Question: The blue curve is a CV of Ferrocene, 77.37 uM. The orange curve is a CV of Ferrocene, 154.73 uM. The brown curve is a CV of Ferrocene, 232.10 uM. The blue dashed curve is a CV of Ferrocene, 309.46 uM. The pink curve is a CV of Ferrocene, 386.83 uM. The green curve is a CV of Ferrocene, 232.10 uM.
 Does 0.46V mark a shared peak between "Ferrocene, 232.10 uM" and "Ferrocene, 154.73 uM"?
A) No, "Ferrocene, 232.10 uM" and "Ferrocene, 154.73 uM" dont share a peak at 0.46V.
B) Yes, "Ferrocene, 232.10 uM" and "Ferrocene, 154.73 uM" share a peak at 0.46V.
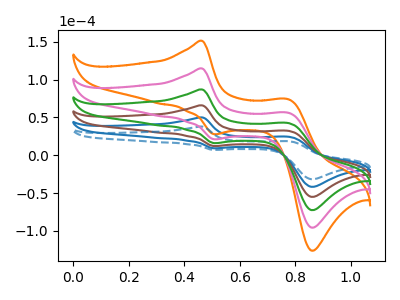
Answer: <think>The blue curve "Ferrocene, 77.37 uM" has anodic peaks at (0.45V, 50.00uA) (0.80V, 24.45uA) and cathodic peaks at (0.50V, 9.20uA) (0.85V, -41.70uA). The orange curve "Ferrocene, 154.73 uM" has anodic peaks at (0.45V, 250.10uA) (0.80V, 122.15uA) and cathodic peaks at (0.50V, 46.00uA) (0.85V, -208.45uA). The brown curve "Ferrocene, 232.10 uM" has anodic peaks at (0.45V, 100.05uA) (0.80V, 48.85uA) and cathodic peaks at (0.50V, 18.40uA) (0.85V, -83.40uA). The blue dashed curve "Ferrocene, 309.46 uM" has anodic peaks at (0.45V, 37.95uA) (0.80V, 18.55uA) and cathodic peaks at (0.50V, 7.00uA) (0.85V, -31.60uA). The pink curve "Ferrocene, 386.83 uM" has anodic peaks at (0.45V, 200.10uA) (0.80V, 97.70uA) and cathodic peaks at (0.50V, 36.80uA) (0.85V, -166.75uA). The green curve "Ferrocene, 232.10 uM" has anodic peaks at (0.45V, 150.05uA) (0.80V, 73.30uA) and cathodic peaks at (0.50V, 27.60uA) (0.85V, -125.05uA).</think>
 <answer>B) Yes, "Ferrocene, 232.10 uM" and "Ferrocene, 154.73 uM" share a peak at 0.46V.</answer>
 <eval>B</eval>